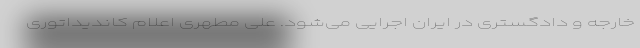
خارجه و دادگستری در ایران اجرایی می‌شود. علی مطهری اعلام کاندیداتوری